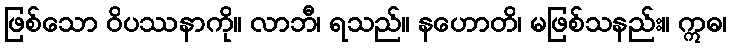
ဖြစ်သော ဝိပဿနာကို။ လာဘီ၊ ရသည်။ နဟောတိ၊ မဖြစ်သနည်း။ ဣဓ၊